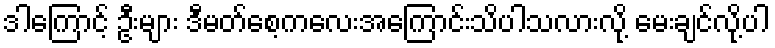
ဒါကြောင့် ဦးများ ဒီမတ်စေ့ကလေးအကြောင်းသိပါသလားလို့ မေးချင်လို့ပါ